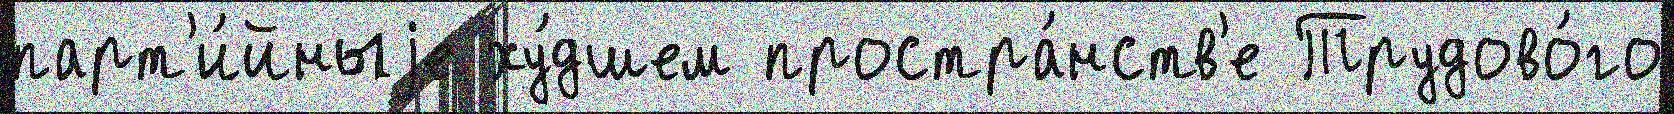
парт'и́йныjе ху́дшем простра́нств'е Трудово́го